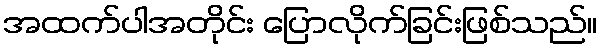
အထက်ပါအတိုင်း ပြောလိုက်ခြင်းဖြစ်သည်။